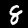
Label: 8